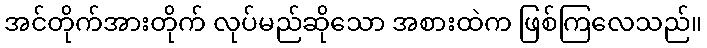
အင်တိုက်အားတိုက် လုပ်မည်ဆိုသော အစားထဲက ဖြစ်ကြလေသည်။